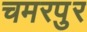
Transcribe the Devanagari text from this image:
चमरपुर